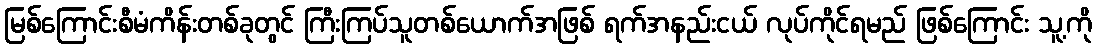
မြစ်ကြောင်းစီမံကိန်းတစ်ခုတွင် ကြီးကြပ်သူတစ်ယောက်အဖြစ် ရက်အနည်းငယ် လုပ်ကိုင်ရမည် ဖြစ်ကြောင်း သူ့ကို